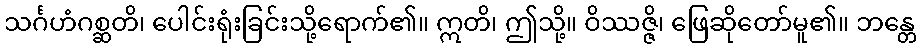
သင်္ဂဟံဂစ္ဆတိ၊ ပေါင်းရုံးခြင်းသို့ရောက်၏။ ဣတိ၊ ဤသို့။ ဝိဿဇ္ဇိ၊ ဖြေဆိုတော်မူ၏။ ဘန္တေ